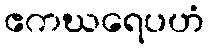
ဧကဃရေပဟံ